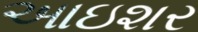
આઇશર